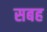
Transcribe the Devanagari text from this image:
सबह